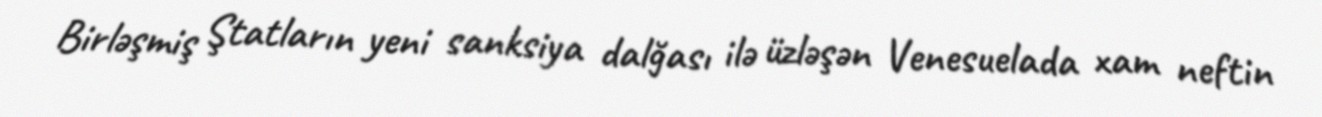
Birləşmiş Ştatların yeni sanksiya dalğası ilə üzləşən Venesuelada xam neftin